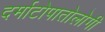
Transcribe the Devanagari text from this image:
दर्माटोपातोलोगी